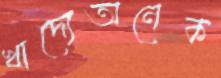
খাদ্যেঅনেক